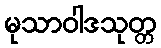
မုသာဝါဒသုတ္တ